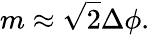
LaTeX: m\approx{\sqrt{2}}\Delta\phi.